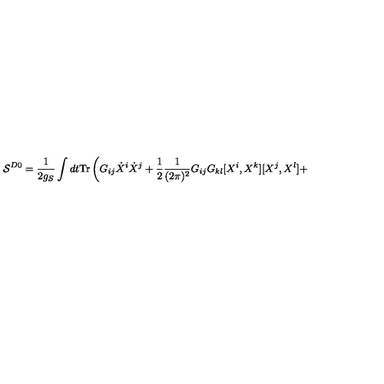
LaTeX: { \cal S } ^ { D 0 } = \frac { 1 } { 2 g _ { S } } \int d t \mathrm { T r } \left( G _ { i j } \dot { X } ^ { i } \dot { X } ^ { j } + \frac { 1 } { 2 } \frac { 1 } { ( 2 \pi ) ^ { 2 } } G _ { i j } G _ { k l } [ X ^ { i } , X ^ { k } ] [ X ^ { j } , X ^ { l } ] + \right.